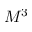
M ^ { 3 }